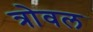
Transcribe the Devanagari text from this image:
त्रोवल